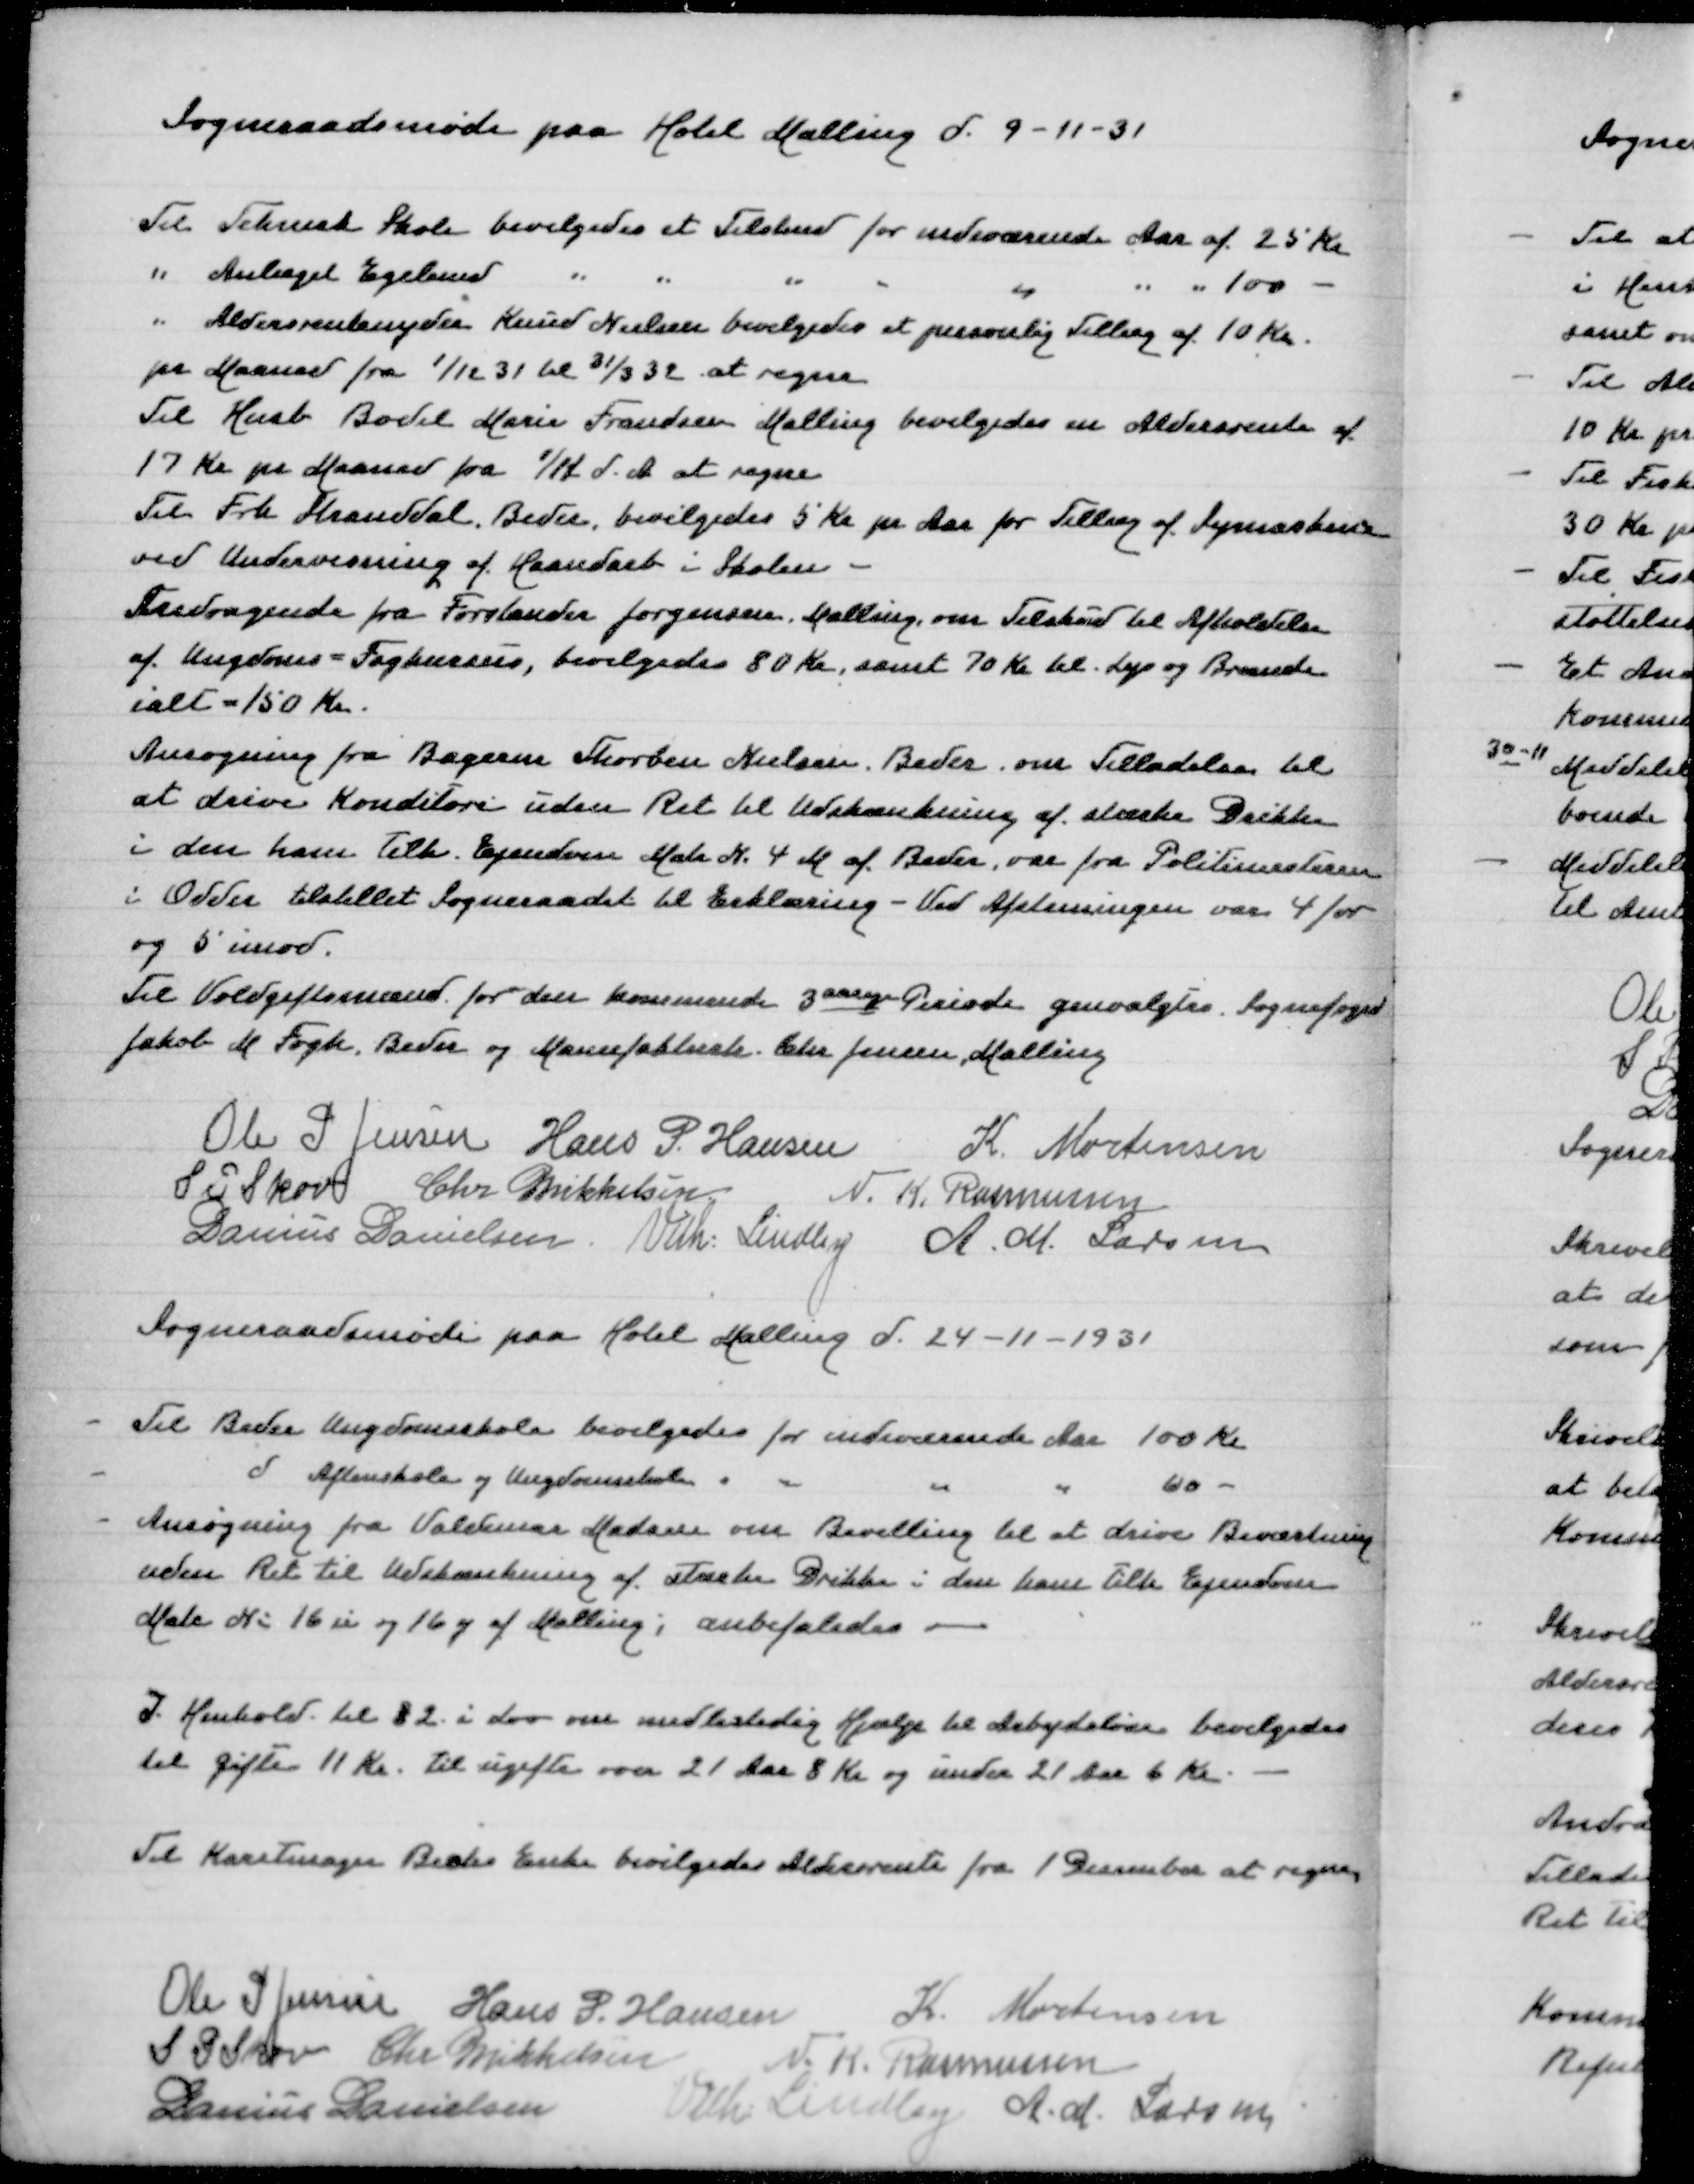
Transskription:
Sogneraadsmøde paa Hotel Malling d 9-11-31

Til Teknisk Skole bevilgedes et Tilskud for indeværende Aar af 25 Kr
" Anlæget Egelund " " " " " " " 100 -
" Aldersrentenyder Knud Nielsen bevilgedes et personlig Tillæg af 10 Kr
pr Maaned fra 1/11 31 til 31/3 32 at regne
Til Husb Bodil Marie Frandsen Malling bevilgedes en Aldersrente
af 17 Kr pr Maaned fra 1/11 d A at regne
Til Frk Stranddal, Beder, bevilgedes 5 Kr pr Aar for Tillæg af Symaskine
ved Undervisning af Haandarb i Skole
Andragende fra Forstander Jørgensen Malling om Tilskud til Afholdelse
af Ungdoms=Fagkursus, bevilgedes 80 Kr, samt 70 Kr til Lys og Brændsel
ialt = 150 Kr
Ansøgning fra Bagerm Thorben Nielsen Beder om Tilladelse til
at drive Konditori uden ret til Udskænkning af stærke Drikke
i den ham tilh Ejendom Matr N 4 M af Beder var fra Politimesteren
i Odder tilstillet Sogneraadet til Erklæring - Ved Afstemningen var 4 for
og 5 imod
Til Voldgiftsmand for den kommende 3 aarige Periode genvalgtes Sognefoged
Jakob M Fogh Beder og Manufakturh Chr Jensen Malling

Ole P Jensen
Hans P Hansen
K Mortensen
S P Skov
Chr Mikkelsen
N K Rasmussen
Danius Danielsen
Vilh Lindby
A M Larsen
Sogneraadsmøde paa Hotel Malling d 24-11-1931

- Til Beder Ungdomsskole bevilgedes for indeværende Aar 100 Kr
- d Aftenskole og Ungdomsskole " " " " 60 -
- Ansøgning fra Valdemar Madsen om Bevilling til at drive Beværtning
uden Ret til Udskænkning af stærke Drikke i den ham tilh Ejendom
Matr N 16u og 16y af Malling, anbefaledes

I Henhold til §2 i Lov om midlertidig Hjælp til Arbejdsløse bevilgedes
til gifte 11 Kr til ugifte over 21 Aar 8 Kr og under 21 Aar 6 Kr

Til Karetmager Bechs Enke bevilgedes Aldersrente fra 1 December at regne

Ole P Jensen
Hans P Hansen
K Mortensen
S P Skov
Chr Mikkelsen
N K Rasmussen
Danius Danielsen
Vilh Lindby
A M Larsen